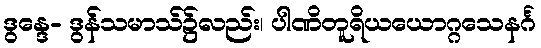
ဒွန္ဒေ- ဒွန်သမာသ်၌လည်း၊ ပါဏိတူရိယယောဂ္ဂသေနင်္ဂ